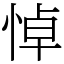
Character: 悼